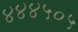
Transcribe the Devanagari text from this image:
४४४५०५